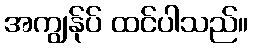
အကျွန်ုပ် ထင်ပါသည်။